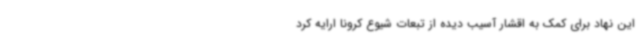
این نهاد برای کمک به اقشار آسیب دیده از تبعات شیوع کرونا ارایه کرد